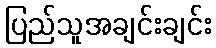
ပြည်သူအချင်းချင်း